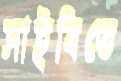
সাইবিতে